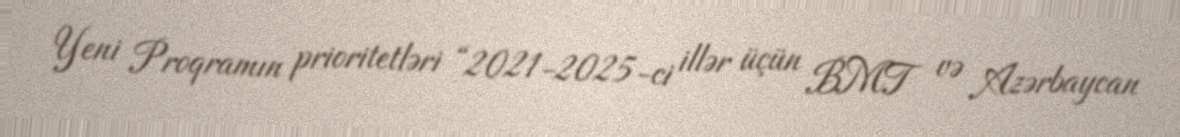
Yeni Proqramın prioritetləri “2021-2025-ci illər üçün BMT və Azərbaycan